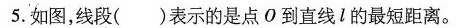
5.如图，线段()表示的是点O到直线l的最短距离。